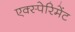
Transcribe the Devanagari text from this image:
एक्स्पेरिमेंट